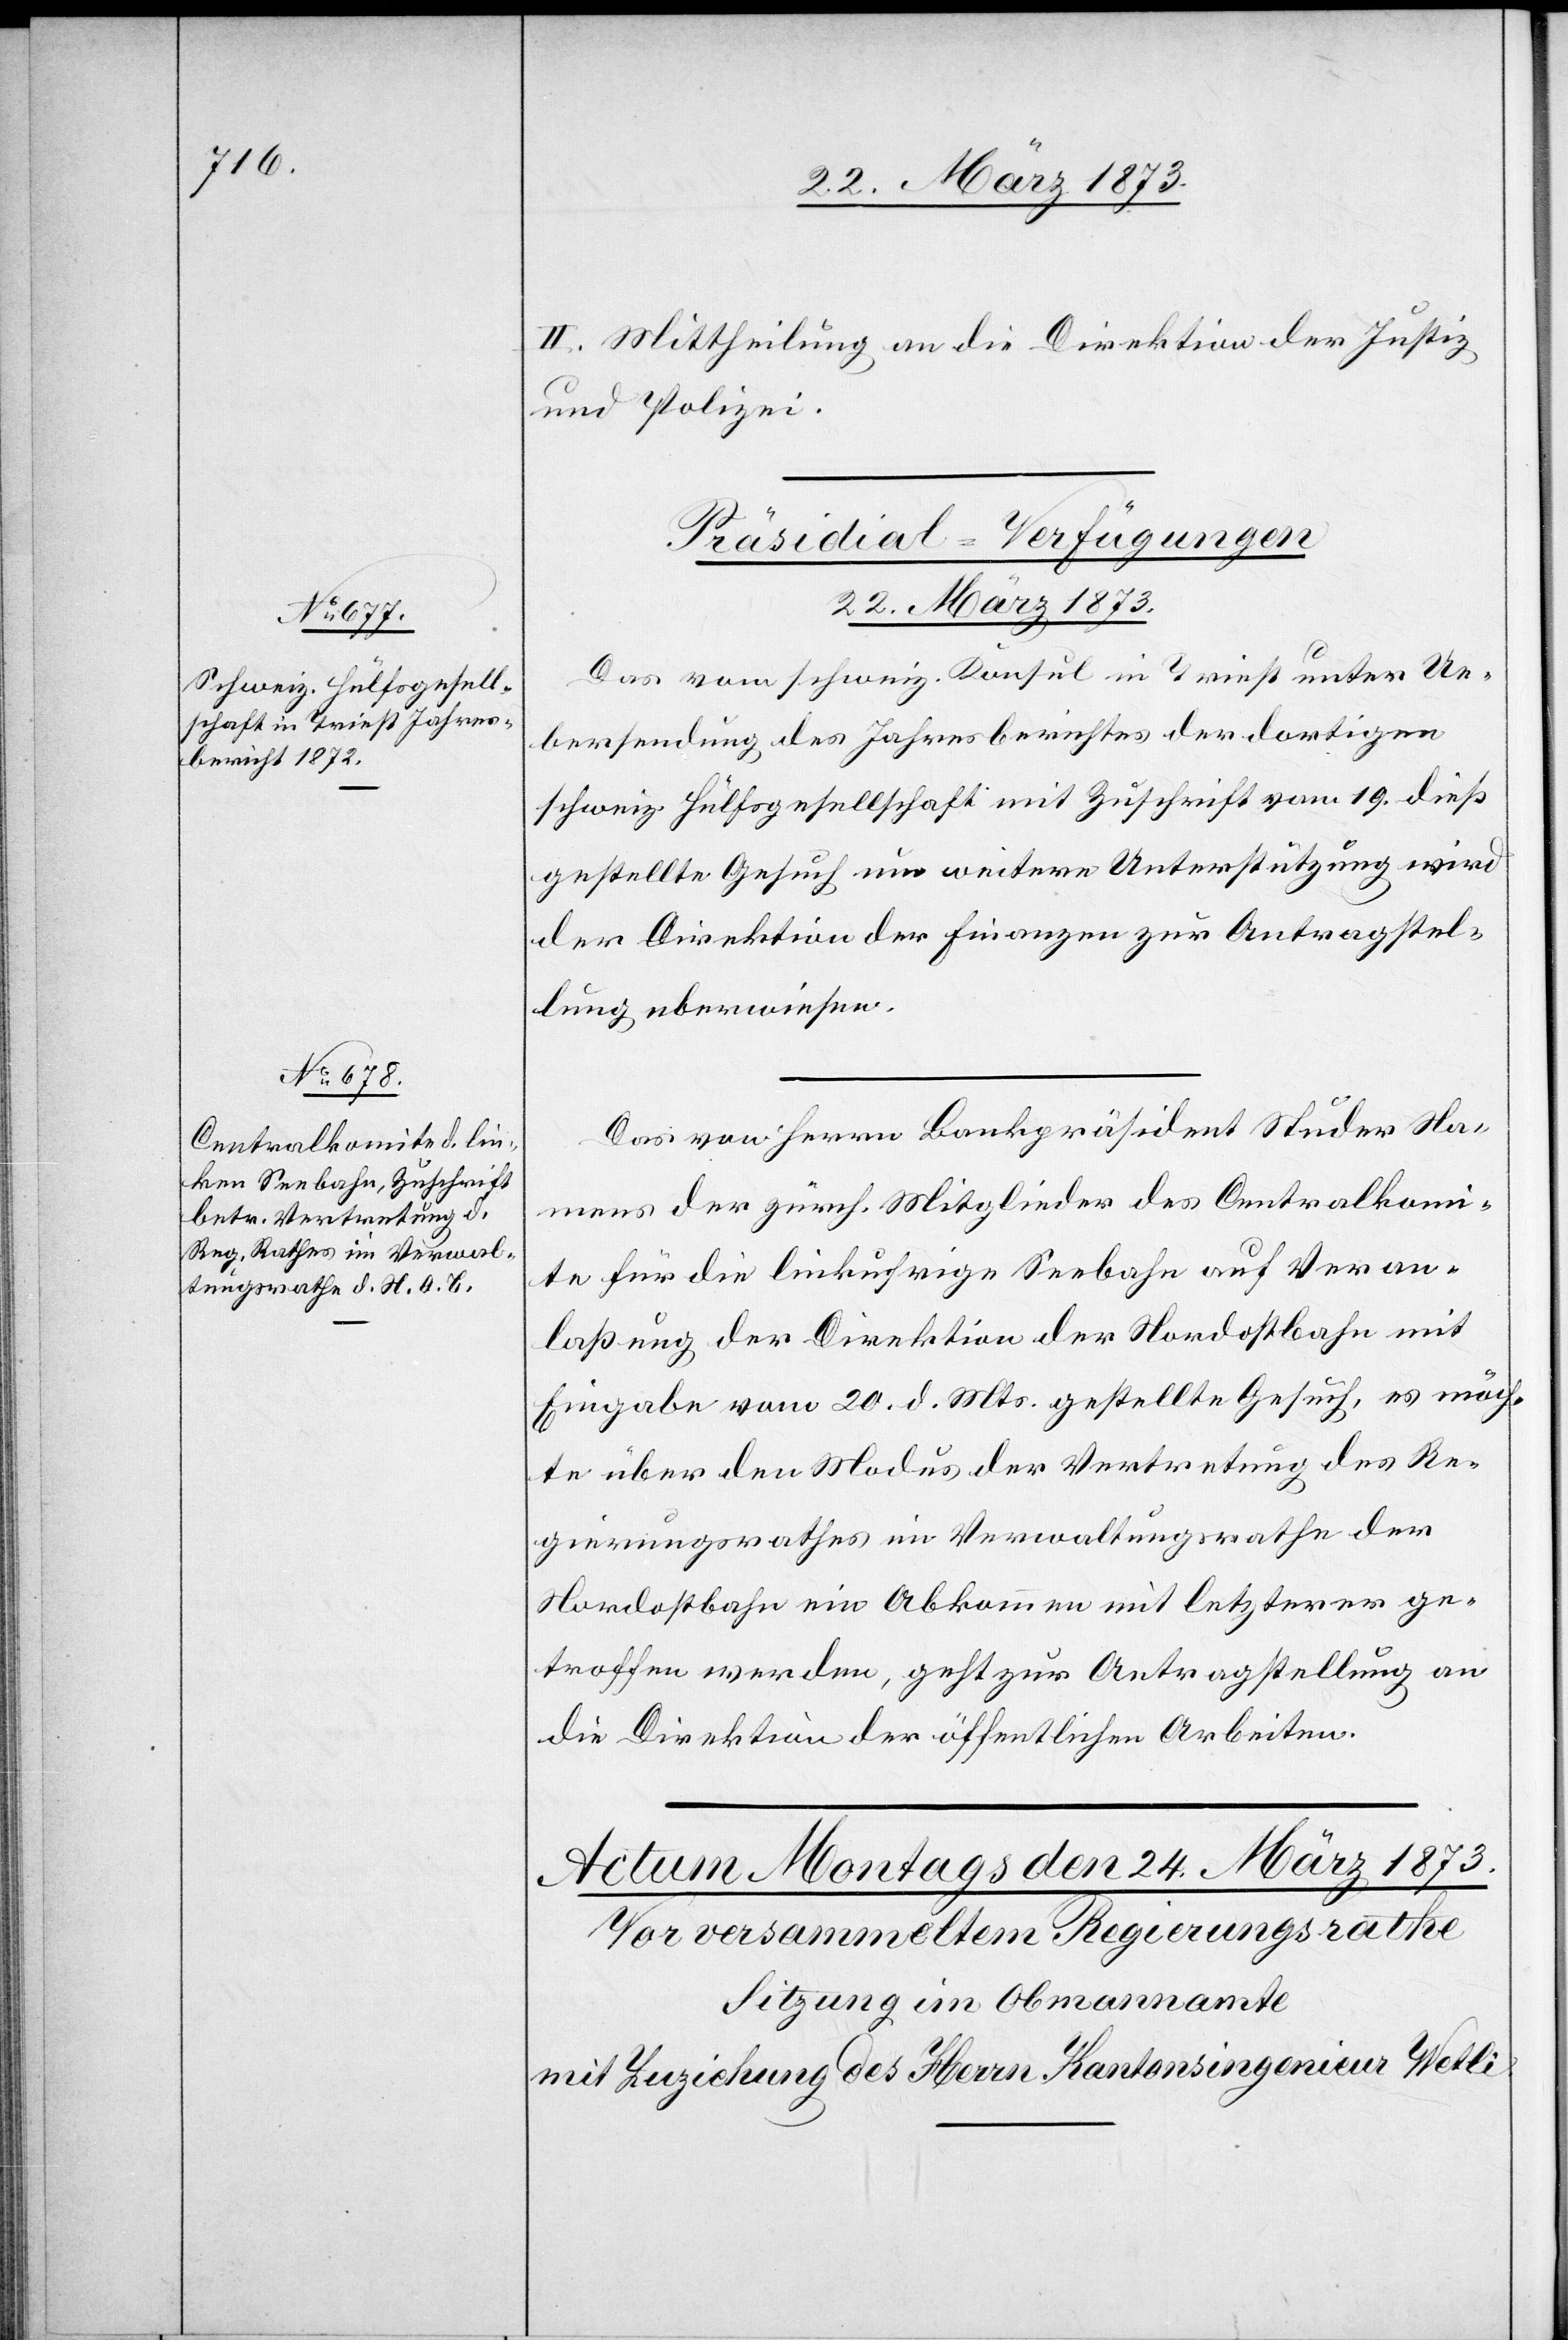
II. Mittheilung an die Direktion der Justiz
und Polizei.
[Präsidial-Verfügungen.
22. März 1873.]
Das vom schweiz. Konsul in Triest unter Ue¬
bersendung des Jahresberichtes der dortigen
schweiz. Hülfsgesellschaft mit Zuschrift vom 19. dieß
gestellte Gesuch um weitere Unterstützung wird
der Direktion der Finanzen zur Antragstel¬
lung uberwiesen
Das von Herrn Bankpräsident Studer Na¬
mens der zürch. Mitglieder des Centralkomi¬
te für die linkufrige Seebahn auf Veran¬
laßung der Direktion der Nordostbahn mit
Eingabe vom 20. d. Mts. gestellte Gesuch, es möch¬
te über den Modus der Vertretung des Re¬
gierungsrathes im Verwaltungsrathe der
Nordostbahn ein Abkommen mit letzterer ge¬
troffen werden, geht zur Antragstellung an
die Direktion der öffentlichen Arbeiten.